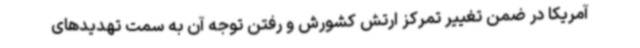
آمریکا در ضمن تغییر تمرکز ارتش کشورش و رفتن توجه آن به سمت تهدیدهای